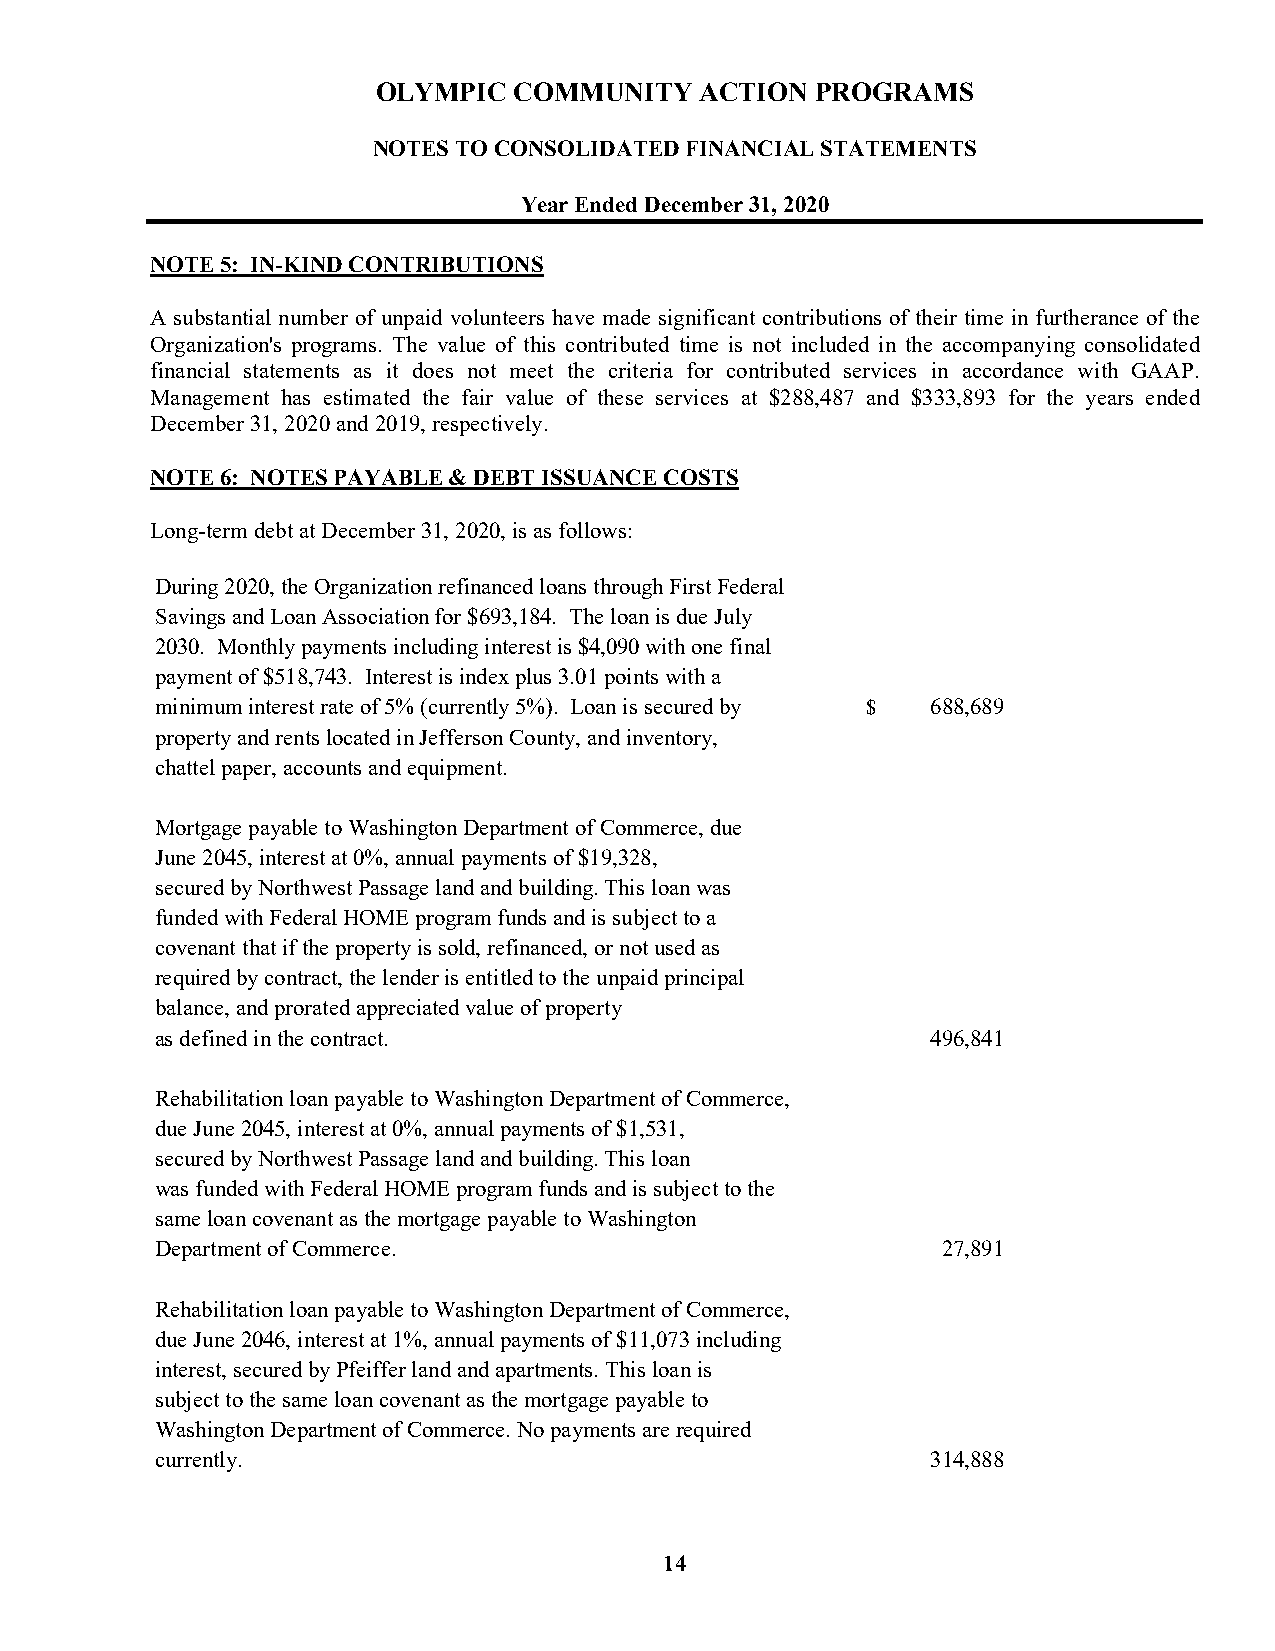
OLYMPIC  COMMUNITY   ACTION  PROGRAMS
 NOTES TO CONSOLIDATED FINANCIAL STATEMENTS
 Year Ended December 31, 2020
 NOTE 5: IN-KIND CONTRIBUTIONS
 A substantial number of unpaid volunteers have made significant contributions of their time in furtherance of the
 Organization's programs. The value of this contributed time is not included in the accompanying consolidated
 financial statements as it does not meet the criteria for contributed services in accordance with GAAP.
 Management has estimated the fair value of these services at $288,487 and $333,893 for the years ended
 December 31, 2020 and 2019, respectively.
 NOTE 6: NOTES PAYABLE & DEBT ISSUANCE COSTS
 Long-term debt at December 31, 2020, is as follows:
 During 2020, the Organization refinanced loans through First Federal
 Savings and Loan Association for $693,184. The loan is due July
 2030. Monthly payments including interest is $4,090 with one final
 payment of $518,743. Interest is index plus 3.01 points with a
 minimum interest rate of 5% (currently 5%). Loan is secured by $ 6 88,689
 property and rents located in Jefferson County, and inventory,
 chattel paper, accounts and equipment.
 Mortgage payable to Washington Department of Commerce, due
 June 2045, interest at 0%, annual payments of $19,328,
 secured by Northwest Passage land and building. This loan was
 funded with Federal HOME program funds and is subject to a
 covenant that if the property is sold, refinanced, or not used as
 required by contract, the lender is entitled to the unpaid principal
 balance, and prorated appreciated value of property
 as defined in the contract.                         4 96,841
 Rehabilitation loan payable to Washington Department of Commerce,
 due June 2045, interest at 0%, annual payments of $1,531,
 secured by Northwest Passage land and building. This loan
 was funded with Federal HOME program funds and is subject to the
 same loan covenant as the mortgage payable to Washington
 Department of Commerce.                             2 7,891
 Rehabilitation loan payable to Washington Department of Commerce,
 due June 2046, interest at 1%, annual payments of $11,073 including
 interest, secured by Pfeiffer land and apartments. This loan is
 subject to the same loan covenant as the mortgage payable to
 Washington Department of Commerce. No payments are required
 currently.                                          3 14,888
 14